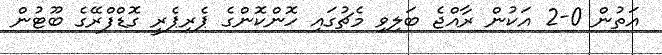
އަތުން 0-2 އަކުން ރާއްޖެ ބަލިވި މެޗުގައި ހޮންކޮންގެ ޕެރިޕެރީ ގޮޑްފްރޭގެ ބޫޓުން